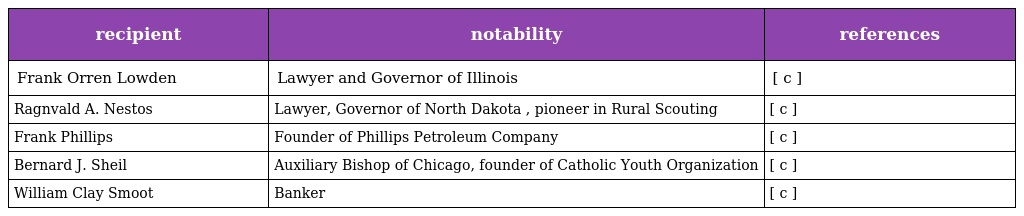
| recipient | notability | references |
 | --- | --- | --- |
 | Frank Orren Lowden | Lawyer and Governor of Illinois | [ c ] |
 | Ragnvald A. Nestos | Lawyer, Governor of North Dakota , pioneer in Rural Scouting | [ c ] |
 | Frank Phillips | Founder of Phillips Petroleum Company | [ c ] |
 | Bernard J. Sheil | Auxiliary Bishop of Chicago, founder of Catholic Youth Organization | [ c ] |
 | William Clay Smoot | Banker | [ c ] |